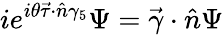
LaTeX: ie^{i\theta\vec{\tau}\cdot\hat{n}\gamma_{5}}\Psi=\vec{\gamma}\cdot\hat{n}\Psi